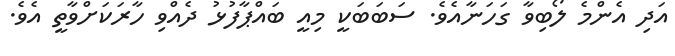
އަދި އެންމެ ލޯބިވާ ގަހަނާއެވެ. ސަބަބަކީ މިއީ ބައްޕާފުޅު ދެއްވި ހާރަކަށްވާތީ އެވެ.